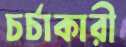
চর্চাকারী